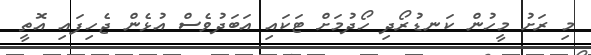
މި ރަށު މީހުން ކަނޑުރޯދި ހޯދުމަށް ޓަކައި އަބަދުވެސް އުޅެން ޖެހިފައި އޮތީ